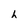
Character: h